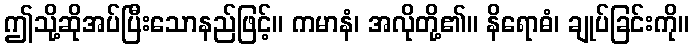
ဤသို့ဆိုအပ်ပြီးသောနည်ဖြင့်။ ကမာနံ၊ အလိုတို့၏။ နိရောဓံ၊ ချုပ်ခြင်းကို။